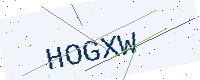
Text: HOGXW